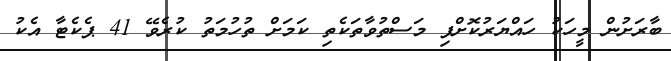
ބާރަށުން މީހަކު ހައްޔަރުކޮށްފި މަސްތުވާތަކެތި ކަމަށް ތުހުމަތު ކުރެވޭ 41 ޕެކެޓާ އެކު